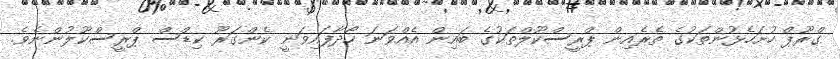
ގްރޫޕް ހުށަހެޅުންތަކުގެ ތެރެއިން ޕްރީސްކޫލްތަކުގެ ބައިން އެއްވަނަ ހޯދާފައިވަނީ ކެންގަރޫ ކިޑްސް ޕްރީސްކޫލުންނެވެ.